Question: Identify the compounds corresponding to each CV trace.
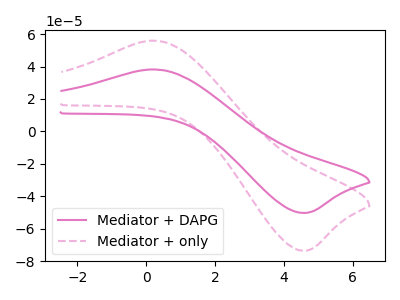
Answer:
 <answer>The pink curve is labeled "Mediator + DAPG". The pink dashed curve is labeled "Mediator + only".</answer>
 <eval></eval>